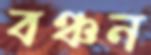
বঞ্চন